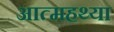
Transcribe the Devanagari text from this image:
आत्महथ्या